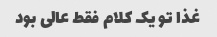
غذا تو یک کلام فقط عالی بود